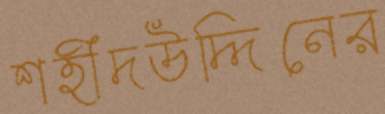
শহীদউদ্দিনের